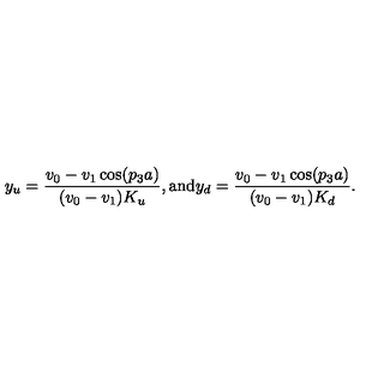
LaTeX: y _ { u } = \frac { v _ { 0 } - v _ { 1 } \cos ( p _ { 3 } a ) } { ( v _ { 0 } - v _ { 1 } ) K _ { u } } , \mathrm { a n d } y _ { d } = \frac { v _ { 0 } - v _ { 1 } \cos ( p _ { 3 } a ) } { ( v _ { 0 } - v _ { 1 } ) K _ { d } } .